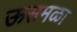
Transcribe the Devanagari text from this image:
ऊसमळा